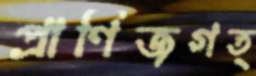
প্রাণিজগত্